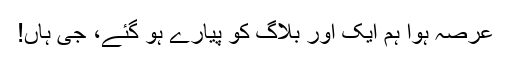
عرصہ ہوا ہم ایک اور بلاگ کو پیارے ہو گئے، جی ہاں!